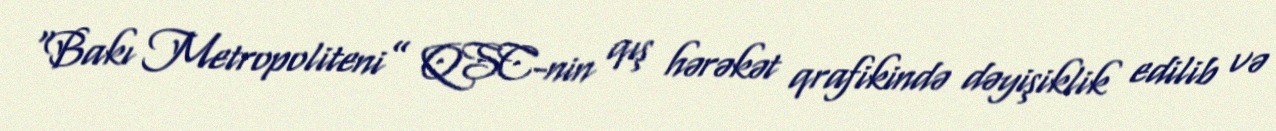
“Bakı Metropoliteni” QSC-nin qış hərəkət qrafikində dəyişiklik edilib və